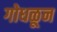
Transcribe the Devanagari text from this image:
गोधळून